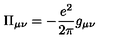
\Pi _ { \mu \nu } = - \frac { e ^ { 2 } } { 2 \pi } g _ { \mu \nu }